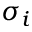
\sigma _ { i }